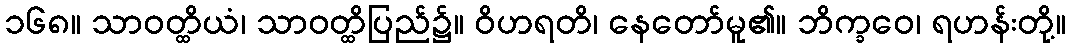
၁၆၈။ သာဝတ္ထိယံ၊ သာဝတ္ထိပြည်၌။ ဝိဟရတိ၊ နေတော်မူ၏။ ဘိက္ခဝေ၊ ရဟန်းတို့။